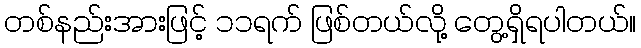
တစ်နည်းအားဖြင့် ၁၁ရက် ဖြစ်တယ်လို့ တွေ့ရှိရပါတယ်။